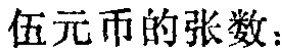
伍元币的张数：